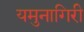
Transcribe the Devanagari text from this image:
यमुनागिरी